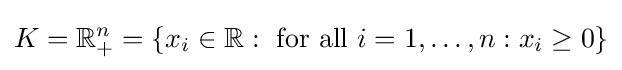
K=\mathbb {R} _{+}^{n}=\left\{x_{i}\in \mathbb {R} :{\text{ for all }}i=1,\ldots ,n:x_{i}\geq 0\right\}